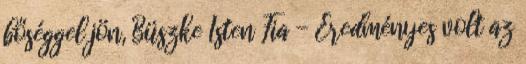
bőséggel jön, Büszke Isten Fia - Eredményes volt az